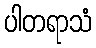
ပါတရာသံ